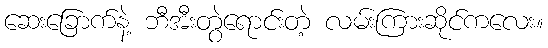
ဆေးခြောက်နဲ့ ဘီအီးတွဲရောင်းတဲ့ လမ်းကြားဆိုင်ကလေး။